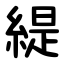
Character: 緹